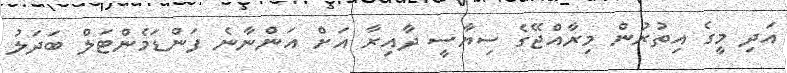
އަދި މީގެ އިތުރުން މިރާއްޖޭގެ ސިޔާސީ ދާއިރާ އަށް އަންނާނެ ފަންޑަމެންޓަލް ބަދަލު